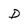
Character: D